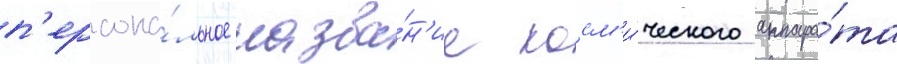
п'ерсона́льное назва́н'ие косм'и́ческого аппара́та